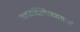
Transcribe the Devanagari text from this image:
न्मदक्लिन्नद्वारो